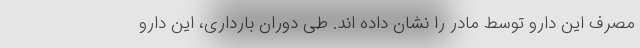
مصرف این دارو توسط مادر را نشان داده اند. طی دوران بارداری، این دارو